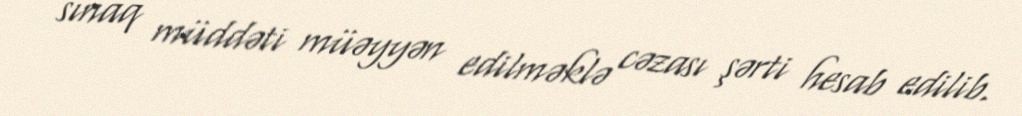
sınaq müddəti müəyyən edilməklə cəzası şərti hesab edilib.